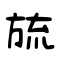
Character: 旈